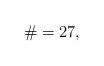
LaTeX: \begin{align*} \# = 27,\end{align*}